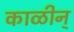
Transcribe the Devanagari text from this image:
काळीन्